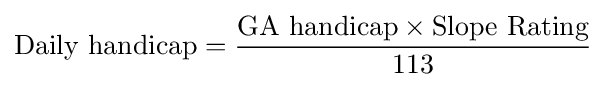
{\mbox{Daily handicap}}={\frac {{\mbox{GA handicap}}\times {\mbox{Slope Rating}}}{\mbox{113}}}